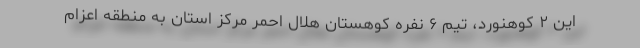
این ۲ کوهنورد، تیم ۶ نفره کوهستان هلال احمر مرکز استان به منطقه اعزام